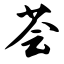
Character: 荟